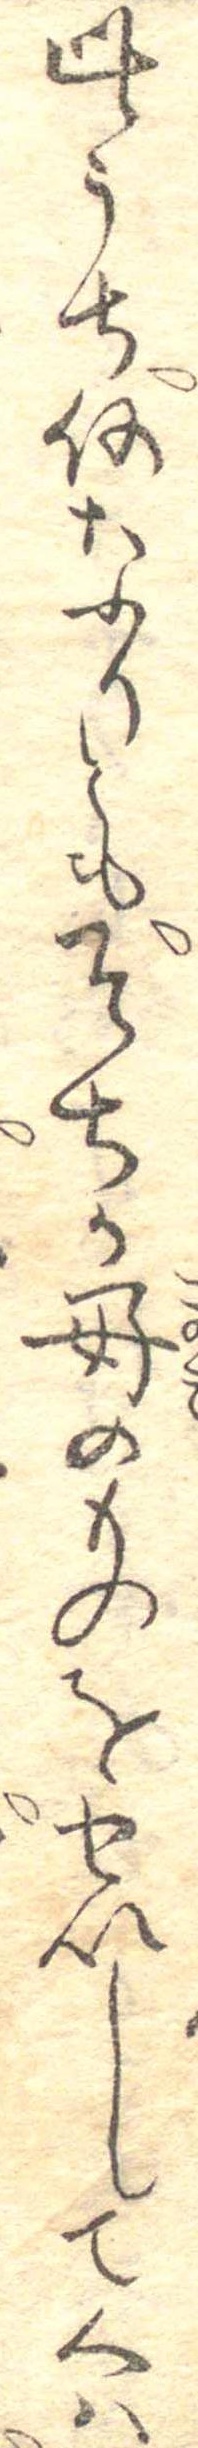
此うち何なりともそちの好のものをせいしてくは